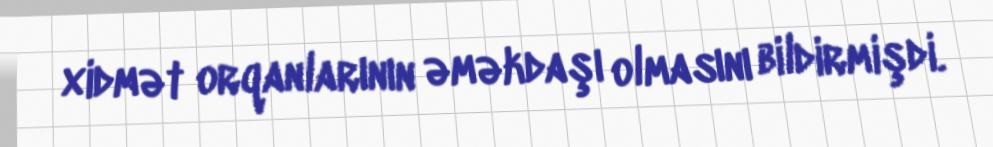
xidmət orqanlarının əməkdaşı olmasını bildirmişdi.